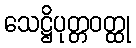
သေဋ္ဌိပုတ္တဝတ္ထု